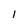
Character: l